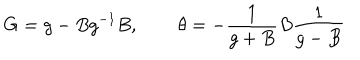
LaTeX: G = g - B g ^ { - 1 } B , \, ~ \, \theta = - \frac { 1 } { g + B } B \frac { 1 } { g - B }